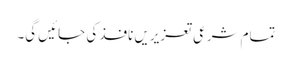
تمام شرعی تعزیریں نافذ کی جائیں گی۔